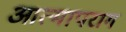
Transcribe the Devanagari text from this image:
आत्मापराग